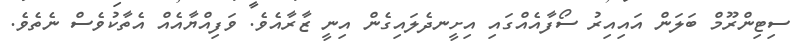
ސިޓިންރޫމް ބަލަން އައިއިރު ސޯފާއެއްގައި އިށީނދެލައިގެން އިނީ ޒާރާއެވެ. ވަފިއްޔާއެއް އެތާކުވެސް ނެތެވެ.